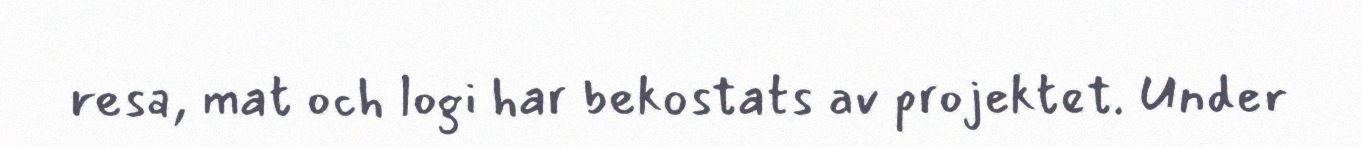
resa, mat och logi har bekostats av projektet. Under